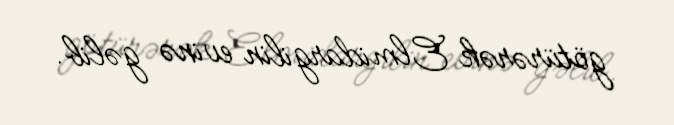
götürərək Elmidargilin evinə gəlib.